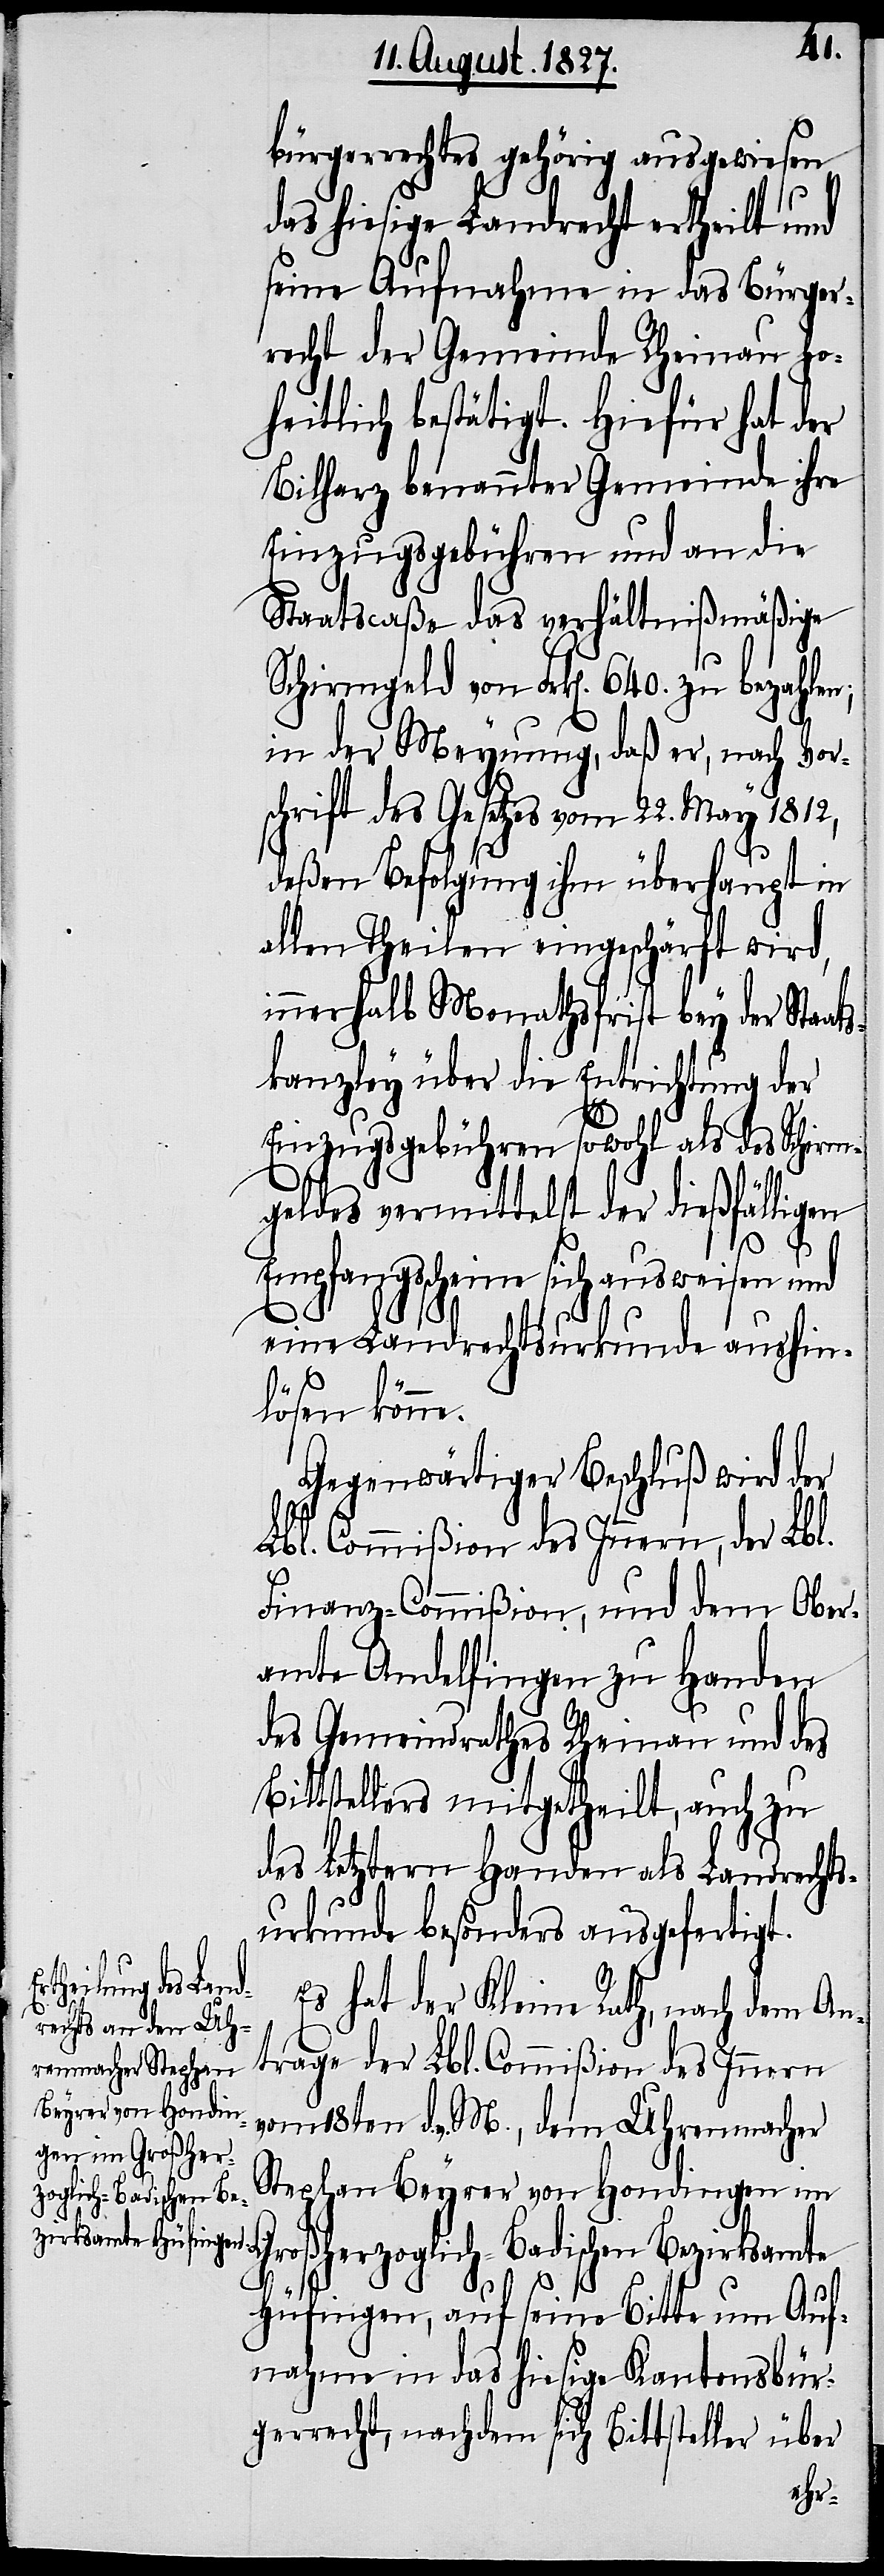
bürgerrechtes gehörig ausgewiesen,
das hiesige Landrecht ertheilt und
seine Aufnahme in das Bürger¬
recht der Gemeinde Rheinau ho¬
heitlich bestätigt. Hiefür hat der
Bilharz benannter Gemeinde ihre
Einzugsgebühren und an die
Staatscaße das verhältnißmäßige
Schirmgeld von Frk[en]. 640. zu bezahlen;
in der Meynung, daß er, nach Vor¬
schrift des Gesetzes vom 22. May 1812,
deßen Befolgung ihm überhaupt in
allen Theilen eingeschärft wird,
innerhalb Monathsfrist bey der Staat¬
skanzley über die Entrichtung der
Einzugsgebühren sowohl als des Schirm¬
geldes vermittelst der dießfälligen
Empfangsscheine sich ausweisen und
eine Landrechtsurkunde aushin¬
lösen könne.
Gegenwärtiger Beschluß wird der
Lbl. Commißion des Innern, der Lbl.
Finanz-Commißion, und dem Ober¬
amte Andelfingen zu Handen
des Gemeindrathes Rheinau und des
Bittstellers mitgetheilt, auch zu
des Letztern Handen als Landrechts¬
urkunde besonders ausgefertigt.
Es hat der Kleine Rath, nach dem An¬
trage der Lbl. Commißion des Innern
vom 18ten d. v. M., dem Uhrenmacher
Stephan Beyrer von Hondingen im
Großherzoglich-Badischen Bezirksamte
Hüfingen, auf seine Bitte um Auf¬
nahme in das hiesige Kantonsbür¬
gerrecht, nachdem sich Bittsteller über